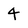
Character: 4